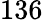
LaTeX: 136